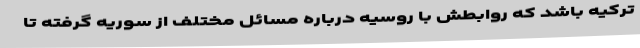
ترکیه باشد که روابطش با روسیه درباره مسائل مختلف از سوریه گرفته تا